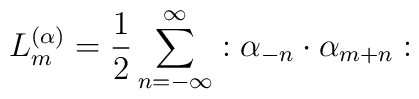
L_m^{(\alpha)}=\frac{1}{2}\sum_{n=-\infty}^{\infty}:\alpha_{-n}\cdot\alpha_{m+n}: